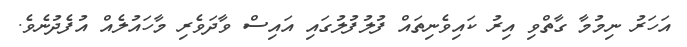
އަހަރު ނިމުމާ ގާތްވި އިރު ކައިވެނިތައް ފުލުފުލުގައި އައިސް ވާދަވެރި މާހައުލެއް އުފެދުނެވެ.